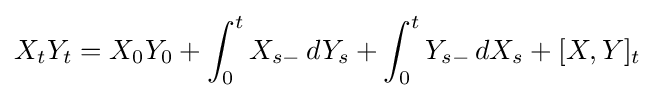
X_{t}Y_{t}=X_{0}Y_{0}+\int _{0}^{t}X_{s-}\,dY_{s}+\int _{0}^{t}Y_{s-}\,dX_{s}+[X,Y]_{t}